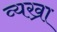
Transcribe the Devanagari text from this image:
व्यख्रा